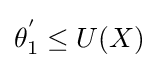
\theta _{1}^{'}\leq U(X)